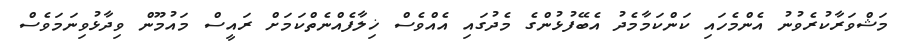
މަޝްވަރާކުރެވުނު އެންމެހައި ކަންކަމާމެދު އެބޭފުޅުންގެ މެދުގައި އެއްވެސް ޚިލާފެއްނެތްކަމަށް ރައީސް މައުމޫން ވިދާޅުވިނަމަވެސް